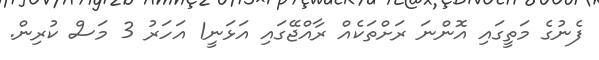
ފެނުގެ މަތީގައި އޮންނަ ރަށްތަކެއް ރާއްޖޭގައި އަޅަނީ1 އަހަރު 3 މަސް ކުރިން.